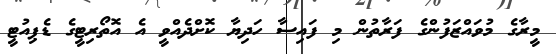
މީރާގެ މުވައްޒަފުންގެ ފަރާތުން މި ފައިސާ ހަދިޔާ ކޮށްދެއްވީ އެ އޮތޯރިޓީގެ ޑެޕިއުޓީ